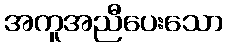
အကူအညီပေးသော